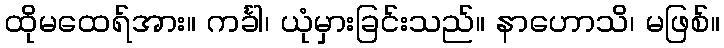
ထိုမထေရ်အား။ ကင်္ခါ၊ ယုံမှားခြင်းသည်။ နာဟောသိ၊ မဖြစ်။